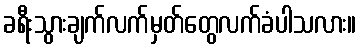
ခရီးသွားချက်လက်မှတ်တွေလက်ခံပါသလား။